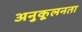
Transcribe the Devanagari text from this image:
अनुकूलनता